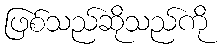
ဖြစ်သည်ဆိုသည်ကို